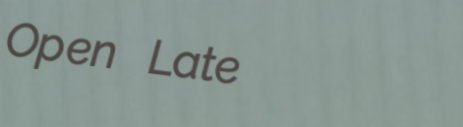
Open Late